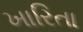
ખારિતા